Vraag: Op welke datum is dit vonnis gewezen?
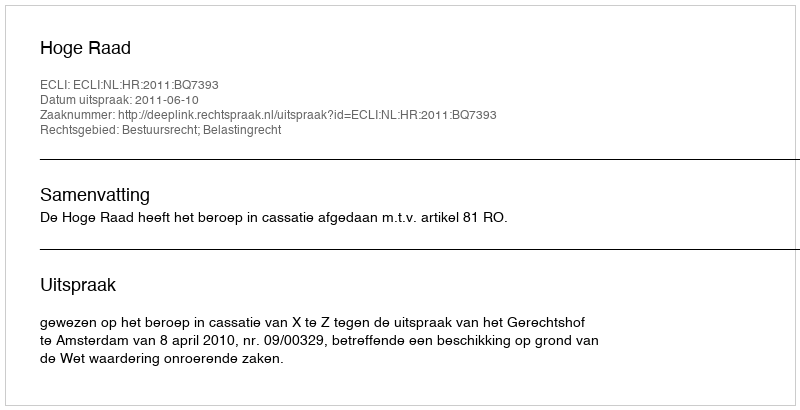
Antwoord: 2011-06-10